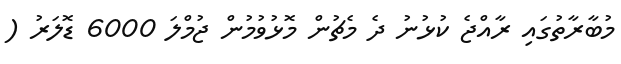
މުބާރާތުގައި ރާއްޖެ ކުޅުނު ދެ މެޗުން މޮޅުވުމުން ޖުމްލަ 6000 ޑޮލަރު (